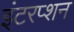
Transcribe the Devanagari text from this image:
इंटरप्शन